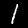
Label: 1